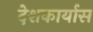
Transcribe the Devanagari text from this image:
देशकार्यास